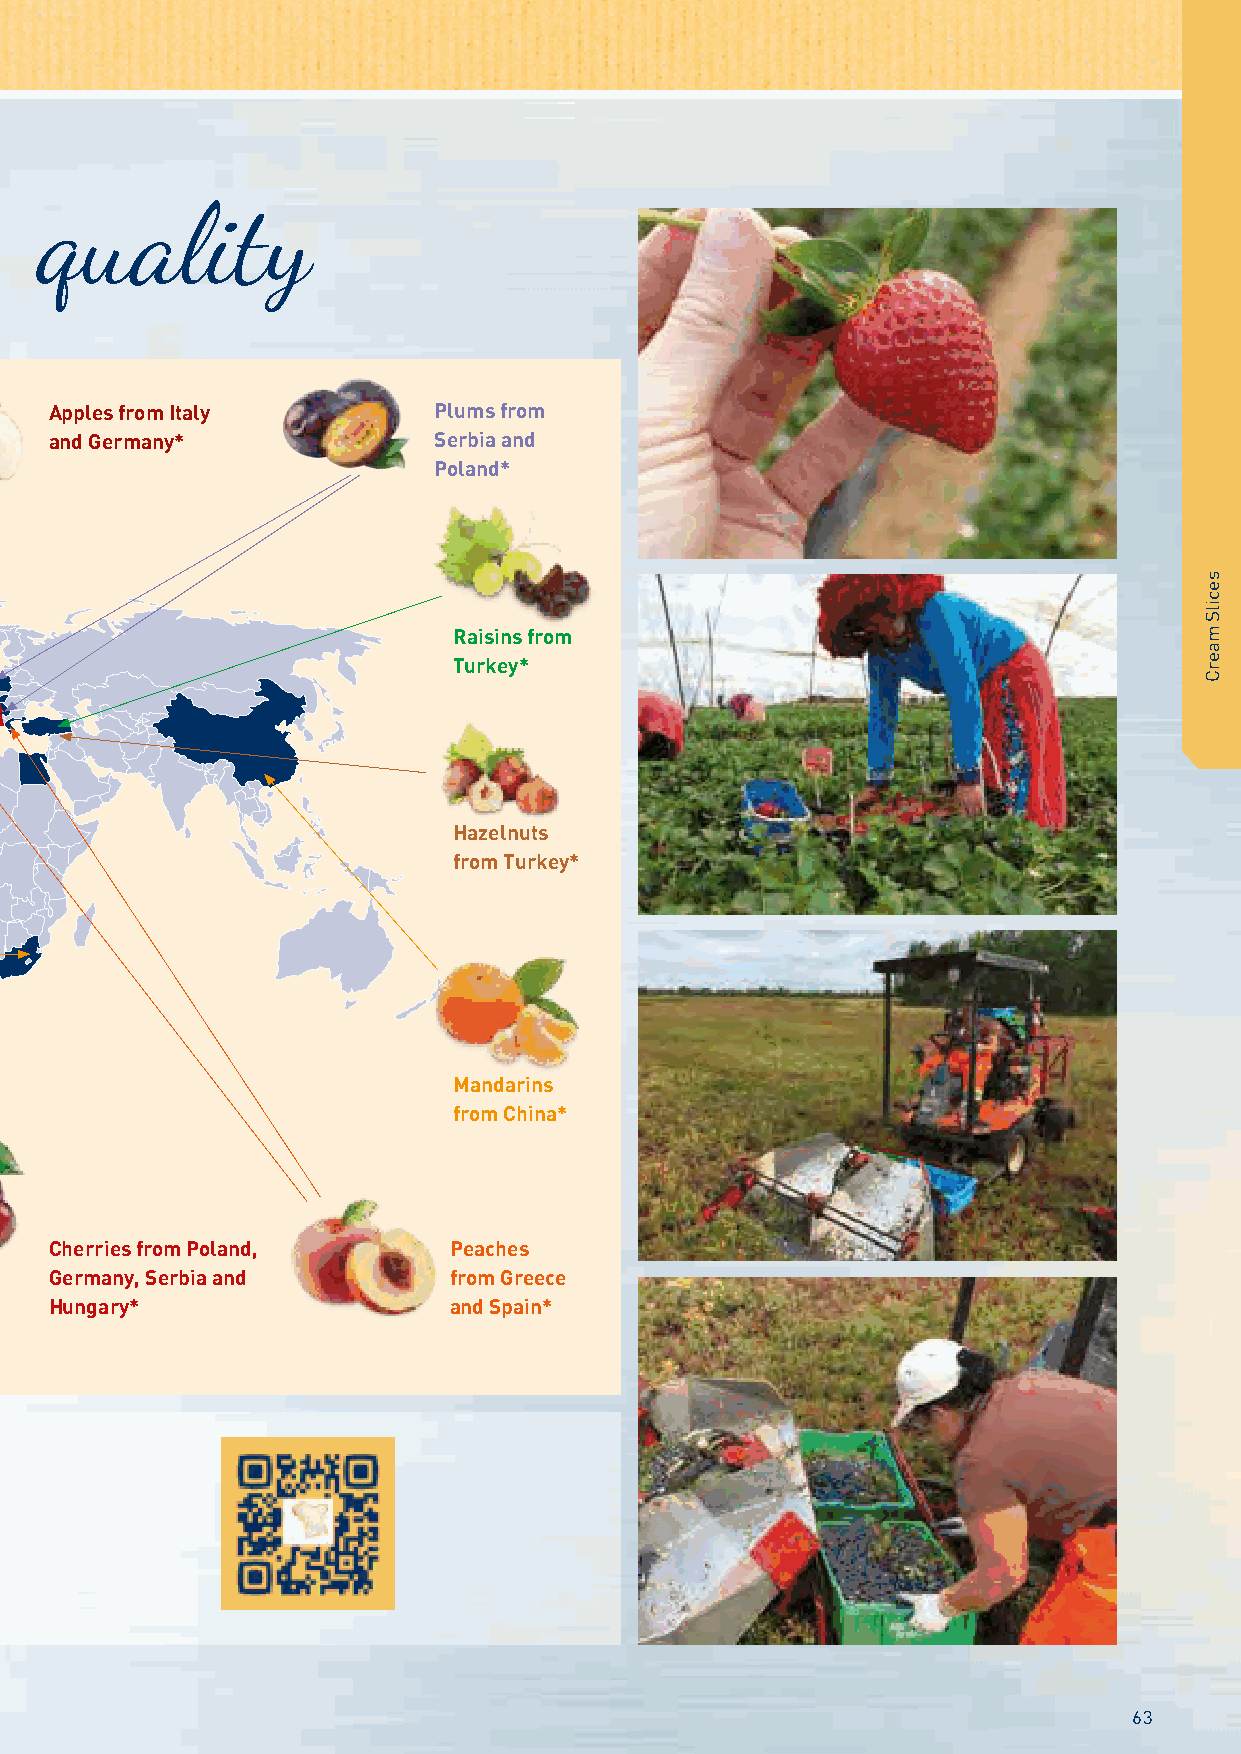
Transparency is a basis for quality
 Apples from Italy         Plums from
 and Germany*              Serbia and
 Poland*
 Raisins from
 Turkey*
 Hazelnuts
 from Turkey*
 Mandarins
 from China*
 Cherries from Poland,      Peaches
 Germany, Serbia and        from Greece
 Hungary*                   and Spain*
 * The purchasing situations shown on the map all depict current snapshots.
 These sources may be adapted at any time to suit our demands or we may
 change them to correspond to market requirements.
 63
 secilS
 maerC